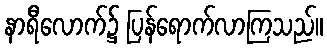
နာရီလောက်၌ ပြန်ရောက်လာကြသည်။